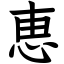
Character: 恵